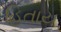
હિતાય